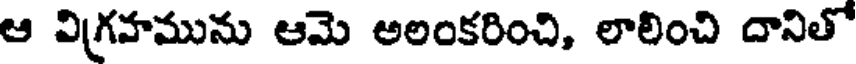
ఆ విగ్రహమును ఆమె అలంకరించి, లాలించి దానితో